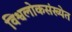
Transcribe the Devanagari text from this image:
विश्वलोकसंख्येत